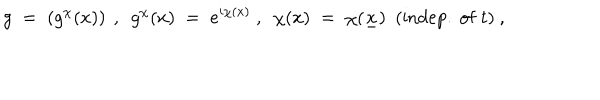
g \; = \; \left( g ^ { \chi } ( x ) \right) ~ , ~ ~ g ^ { \chi } ( x ) \; = \; e ^ { i \chi ( x ) } ~ , ~ ~ \chi ( x ) \; = \; \chi ( \underline { { { x } } } ) ~ ~ ( \mathrm { i n d e p . ~ o f ~ } t ) ~ ,